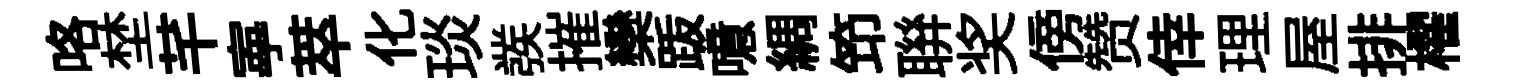
咯埜芊寕萃化琰彂摧欒䟦噫綢笻聨奖傍赞倖理屋排櫂